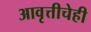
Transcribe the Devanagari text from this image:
आवृत्तीचेही